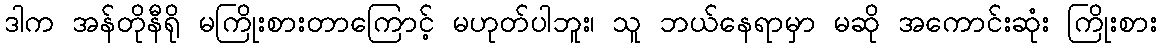
ဒါက အန်တိုနီရို မကြိုးစားတာကြောင့် မဟုတ်ပါဘူး၊ သူ ဘယ်နေရာမှာ မဆို အကောင်းဆုံး ကြိုးစား